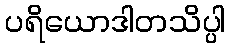
ပရိယောဒါတသိပ္ပါ